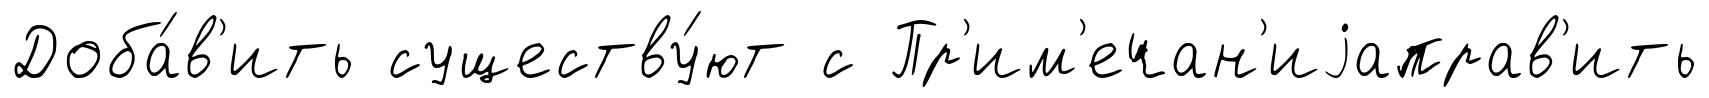
Доба́в'ить существу́ют с Пр'им'ечан'иjаправ'ить